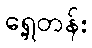
ရှေ့တန်း